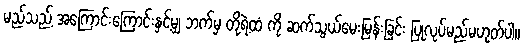
မည်သည့် အကြောင်းကြောင်းနှင့်မျှ ဘက်မှ တို့ရဲ့ထံ ကို ဆက်သွယ်မေးမြန်းခြင်း ပြုလုပ်မည်မဟုတ်ပါ။